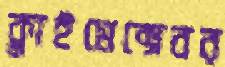
ক্লাইমেক্সেবর